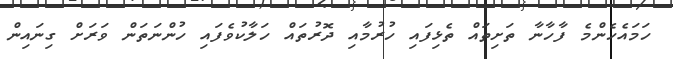
ހަމައެހެންމެ ފާހާނާ ތަށިތައް ތެޅިފައި ހުރުމާއި ދޮރުތައް ހަލާކުވެފައި ހުންނަތަން ވަރަށް ގިނައިން